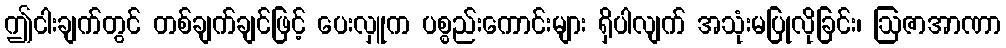
ဤငါးချက်တွင် တစ်ချက်ချင်ဖြင့် ပေးလှူက ပစ္စည်းကောင်းများ ရှိပါလျက် အသုံးမပြုလိုခြင်း၊ ဩဇာအာဏာ